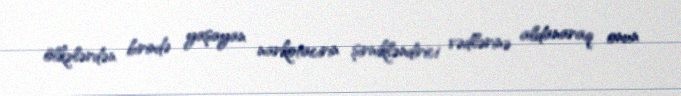
ölkələrdən birində yaşayan narkotacirin şirnikləndirici vədlərinə aldanaraq onun